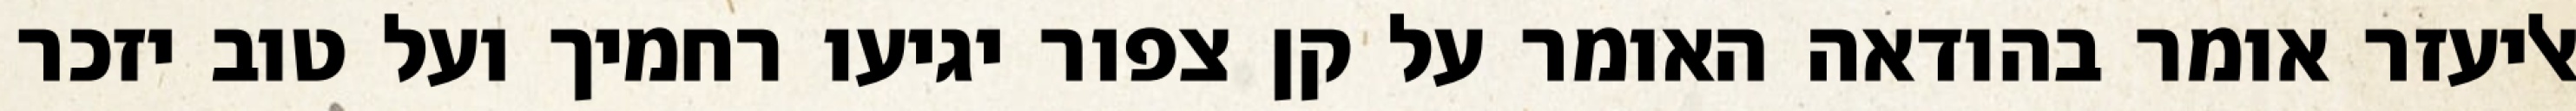
אליעזר אומר בהודאה האומר על קן צפור יגיעו רחמיך ועל טוב יזכר